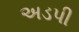
અડપી